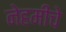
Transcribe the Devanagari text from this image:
नेहमींचे